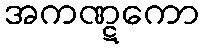
အကဏ္ဋကော